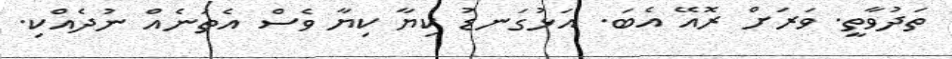
ތަދުވާތީ. ވަރަށް ރޮއޭ އެބަ. އަޅުގަނޑު ކިޔާ ކިޔާ ވެސް އެތަނެއް ނުދެއްކި.